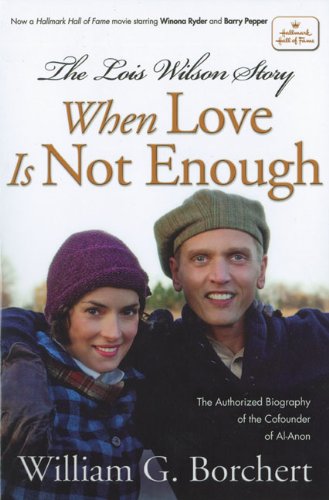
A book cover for The Lois Wilson Story, Hallmark Edition: When Love Is Not Enough; William G Borchert; Self-Help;